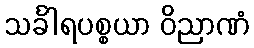
သင်္ခါရပစ္စယာ ဝိညာဏံ